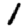
Digit: 1